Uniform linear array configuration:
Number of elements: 24
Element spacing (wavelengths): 0.25
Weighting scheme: cosine
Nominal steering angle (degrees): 30
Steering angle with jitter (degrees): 30.027
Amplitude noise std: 0.05
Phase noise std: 0.05

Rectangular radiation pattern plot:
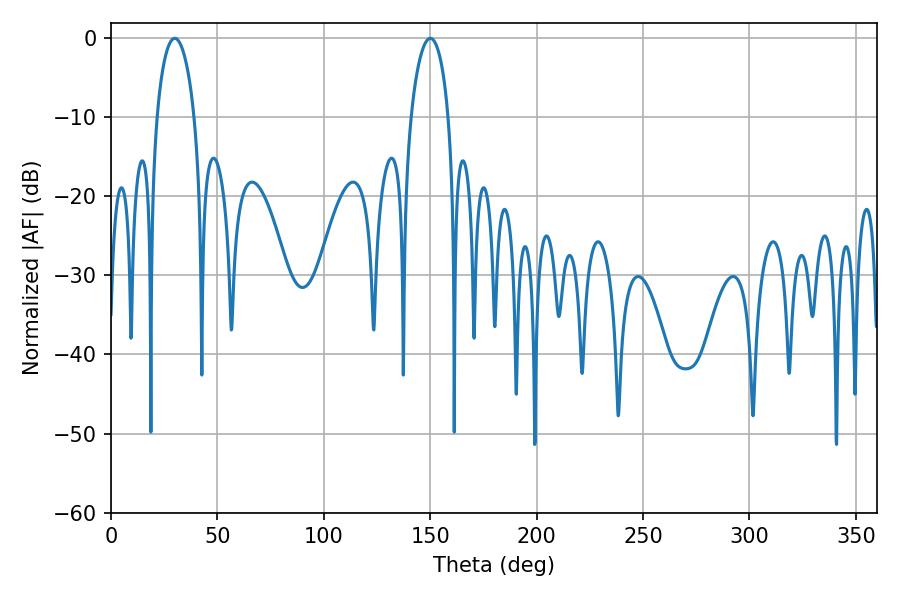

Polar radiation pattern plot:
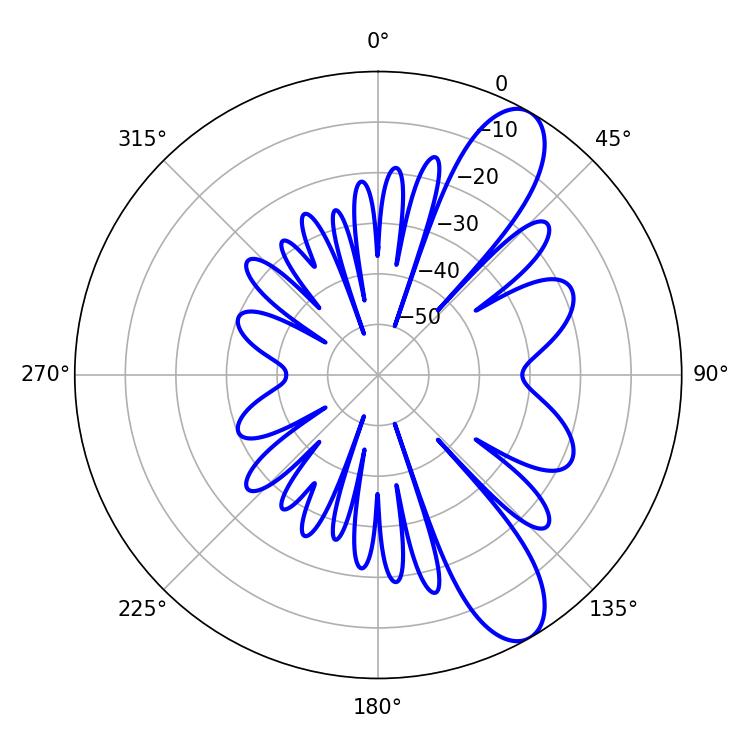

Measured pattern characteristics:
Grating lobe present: FALSE
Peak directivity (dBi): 10.086
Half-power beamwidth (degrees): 10.08
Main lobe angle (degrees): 150.12